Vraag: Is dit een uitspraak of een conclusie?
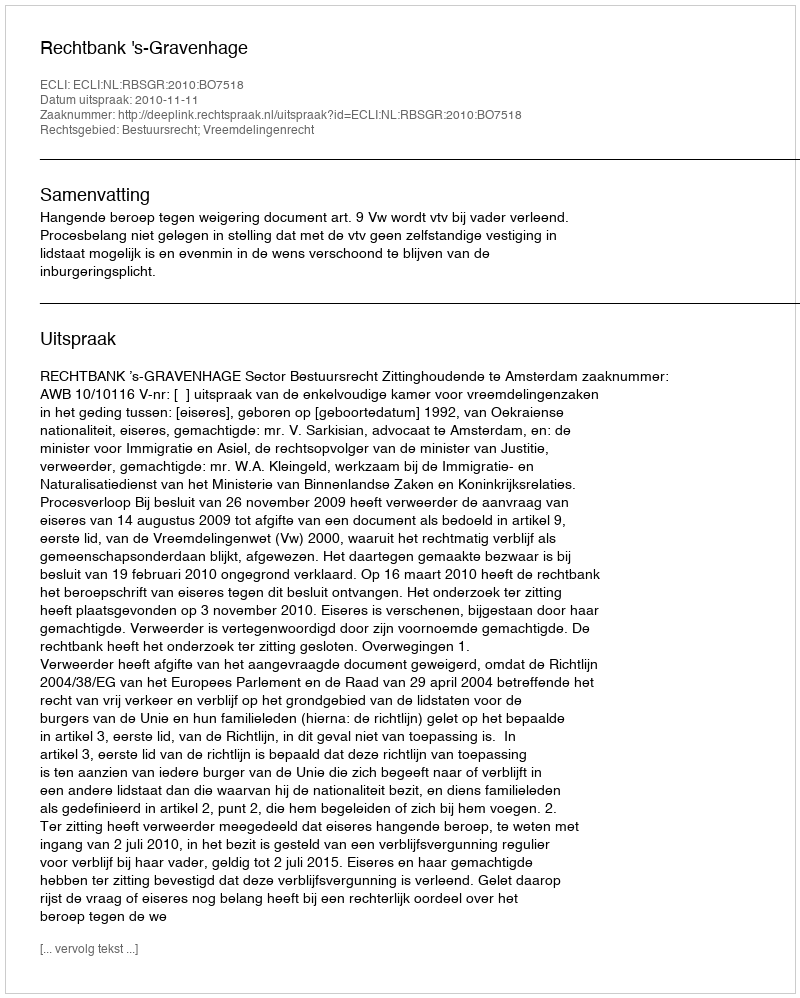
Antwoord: Uitspraak